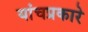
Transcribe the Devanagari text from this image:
यांचप्रकारे